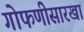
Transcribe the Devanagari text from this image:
गोफणीसारखा